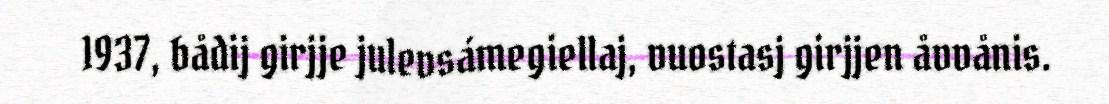
1937, bådij girjje julevsámegiellaj, vuostasj girjjen åvvånis.